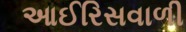
આઈરિસવાળી